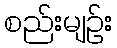
စည်းမျဉ်း